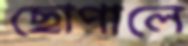
ছোপালে